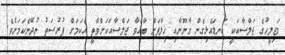
މަޖިލީހުގެ ޖަލްސާއަކީ ކަނޑައެޅިގެން ގާނޫނާއި ޚިލާފަށް ބާއްވާ ޖަލްސާއަކަށްވާތީ އެކަމަށް ފުރުސަތު ނުދޭނެކަމަށެވެ.